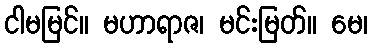
ငါမမြင်။ မဟာရာဇ၊ မင်းမြတ်။ မေ၊